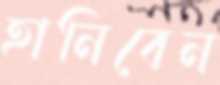
হানিবেন